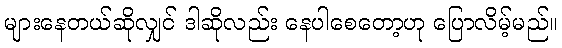
များနေတယ်ဆိုလျှင် ဒါဆိုလည်း နေပါစေတော့ဟု ပြောလိမ့်မည်။